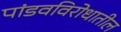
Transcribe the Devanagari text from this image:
पांडवविरोधातील